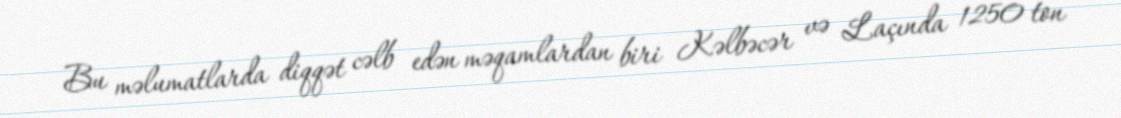
Bu məlumatlarda diqqət cəlb edən məqamlardan biri Kəlbəcər və Laçında 1250 ton